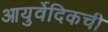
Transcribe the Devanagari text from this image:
आयुर्वेदिकची